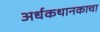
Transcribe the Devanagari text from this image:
अर्धकथानकाचा